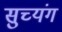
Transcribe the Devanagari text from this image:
सुच्यंग